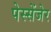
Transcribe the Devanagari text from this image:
पेस्सेंजेर